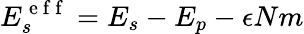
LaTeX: E_{s}^{\mathrm{~e~f~f~}}=E_{s}-E_{p}-\epsilon Nm